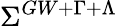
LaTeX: \Sigma^{GW+\Gamma+\Lambda}